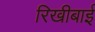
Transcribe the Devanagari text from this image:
रिखीबाई